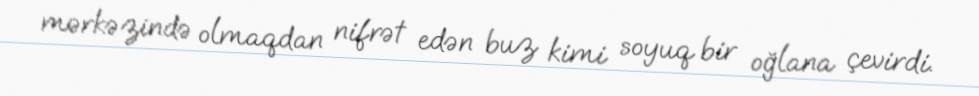
mərkəzində olmaqdan nifrət edən buz kimi soyuq bir oğlana çevirdi.